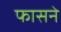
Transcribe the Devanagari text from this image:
फासने